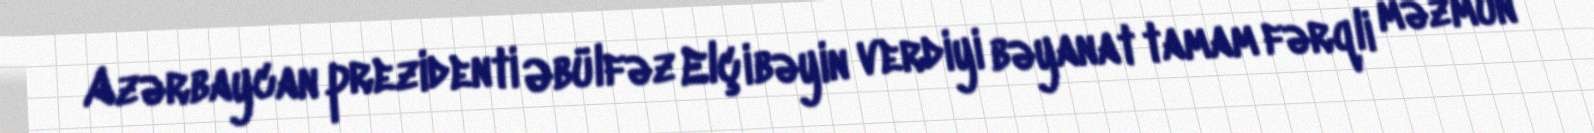
Azərbaycan prezidenti Əbülfəz Elçibəyin verdiyi bəyanat tamam fərqli məzmun